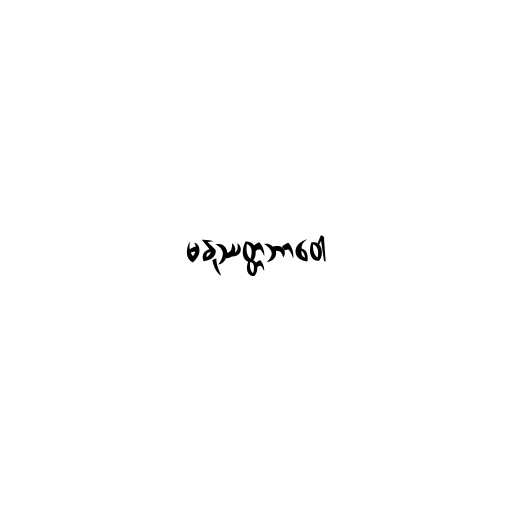
မနုဿတ္တဘာဝေါ